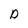
Character: D